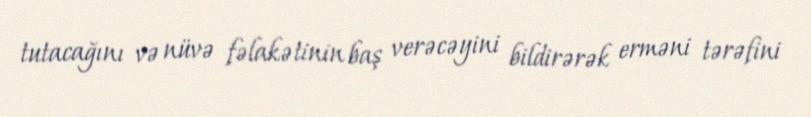
tutacağını və nüvə fəlakətinin baş verəcəyini bildirərək erməni tərəfini